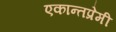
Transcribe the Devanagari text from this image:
एकान्तप्रेमी